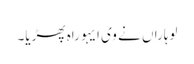
لوہاراں نے وی ایہو راہ پھڑیا۔